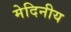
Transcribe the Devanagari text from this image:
मेदिनीय